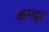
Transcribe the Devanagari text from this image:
अन्डा